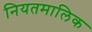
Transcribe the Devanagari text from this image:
नियतमालिक